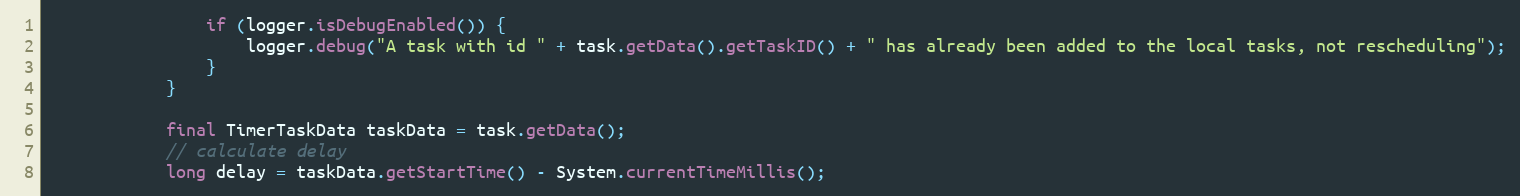
Language: Java
				if (logger.isDebugEnabled()) {
					logger.debug("A task with id " + task.getData().getTaskID() + " has already been added to the local tasks, not rescheduling");
				}
			}

			final TimerTaskData taskData = task.getData();
			// calculate delay
			long delay = taskData.getStartTime() - System.currentTimeMillis();